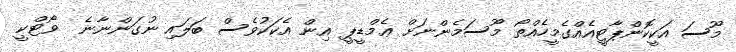
މޫސަ އަކީކޮންޕާޓީއެއްގެމީހެއްތޯ މޫސަމެންނަށް ޢެމްޑީޕީ އިން އެކަކުވެސް ބަލައި ނުގަންނާނެ  ވޯޓްކީ